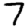
Digit: 7